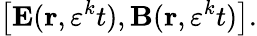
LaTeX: \left[\mathbf{E}(\mathbf{r},\varepsilon^{k}t),\mathbf{B}(\mathbf{r},\varepsilon^{k}t)\right].